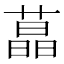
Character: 蕌